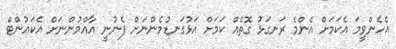
އެހެންވީމަ އެކަމަށް އެންމެ ރަނގަޅު ގޮތެއް ކަަމަށް އަޅުގަނޑުމެންނަށް ފެނުނީ އާއްމުންނަށް އެކައުންޓް